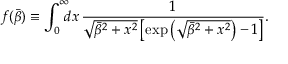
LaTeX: f ( \bar { \beta } ) \equiv \int _ { 0 } ^ { \infty } \! \! \! d x \, \frac { 1 } { \sqrt { \bar { \beta } ^ { 2 } + x ^ { 2 } } \left[ \exp \left( \sqrt { \bar { \beta } ^ { 2 } + x ^ { 2 } } \right) - 1 \right] } .